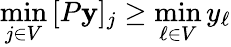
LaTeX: \operatorname*{min}_{j\in V}\, [P\mathbf{y}]_{j}\ge\operatorname*{min}_{\ell\in V}y_{\ell}